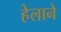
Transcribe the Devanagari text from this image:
हेलाने